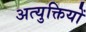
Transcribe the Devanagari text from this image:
अत्युक्तियों